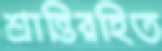
শ্রান্তিরহিত